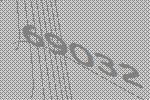
69032